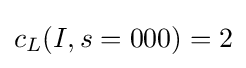
c_{L}(I,s=000)=2